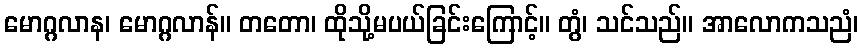
မောဂ္ဂလာန၊ မောဂ္ဂလာန်။ တတော၊ ထိုသို့မပယ်ခြင်းကြောင့်။ တွံ၊ သင်သည်။ အာလောကသညံ၊